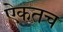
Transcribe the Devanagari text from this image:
ऐकतच